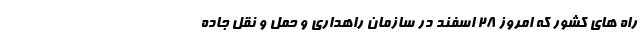
راه های کشور که امروز ۲۸ اسفند در سازمان راهداری و حمل و نقل جاده